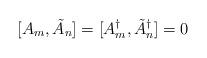
LaTeX: \begin{align*}[A_{m},\tilde{A}_{n}] = [A^{\dagger}_{m},\tilde{A}^{\dagger}_{n}] = 0\end{align*}